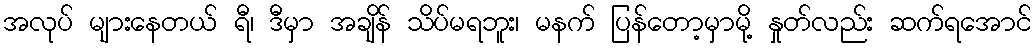
အလုပ် များနေတယ် ရီ၊ ဒီမှာ အချိန် သိပ်မရဘူး၊ မနက် ပြန်တော့မှာမို့ နှုတ်လည်း ဆက်ရအောင်